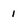
Character: 1